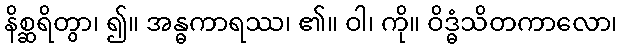
နိစ္ဆရိတွာ၊ ၍။ အန္ဓကာရဿ၊ ၏။ ဝါ၊ ကို။ ဝိဒ္ဓံသိတကာလော၊